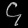
Digit: ၄